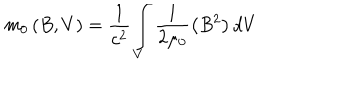
m _ { 0 } \left( B , V \right) = \frac { 1 } { c ^ { 2 } } \int _ { V } \frac { 1 } { 2 \mu _ { 0 } } \left( B ^ { 2 } \right) d V